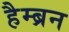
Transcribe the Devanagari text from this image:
हैम्ब्रन